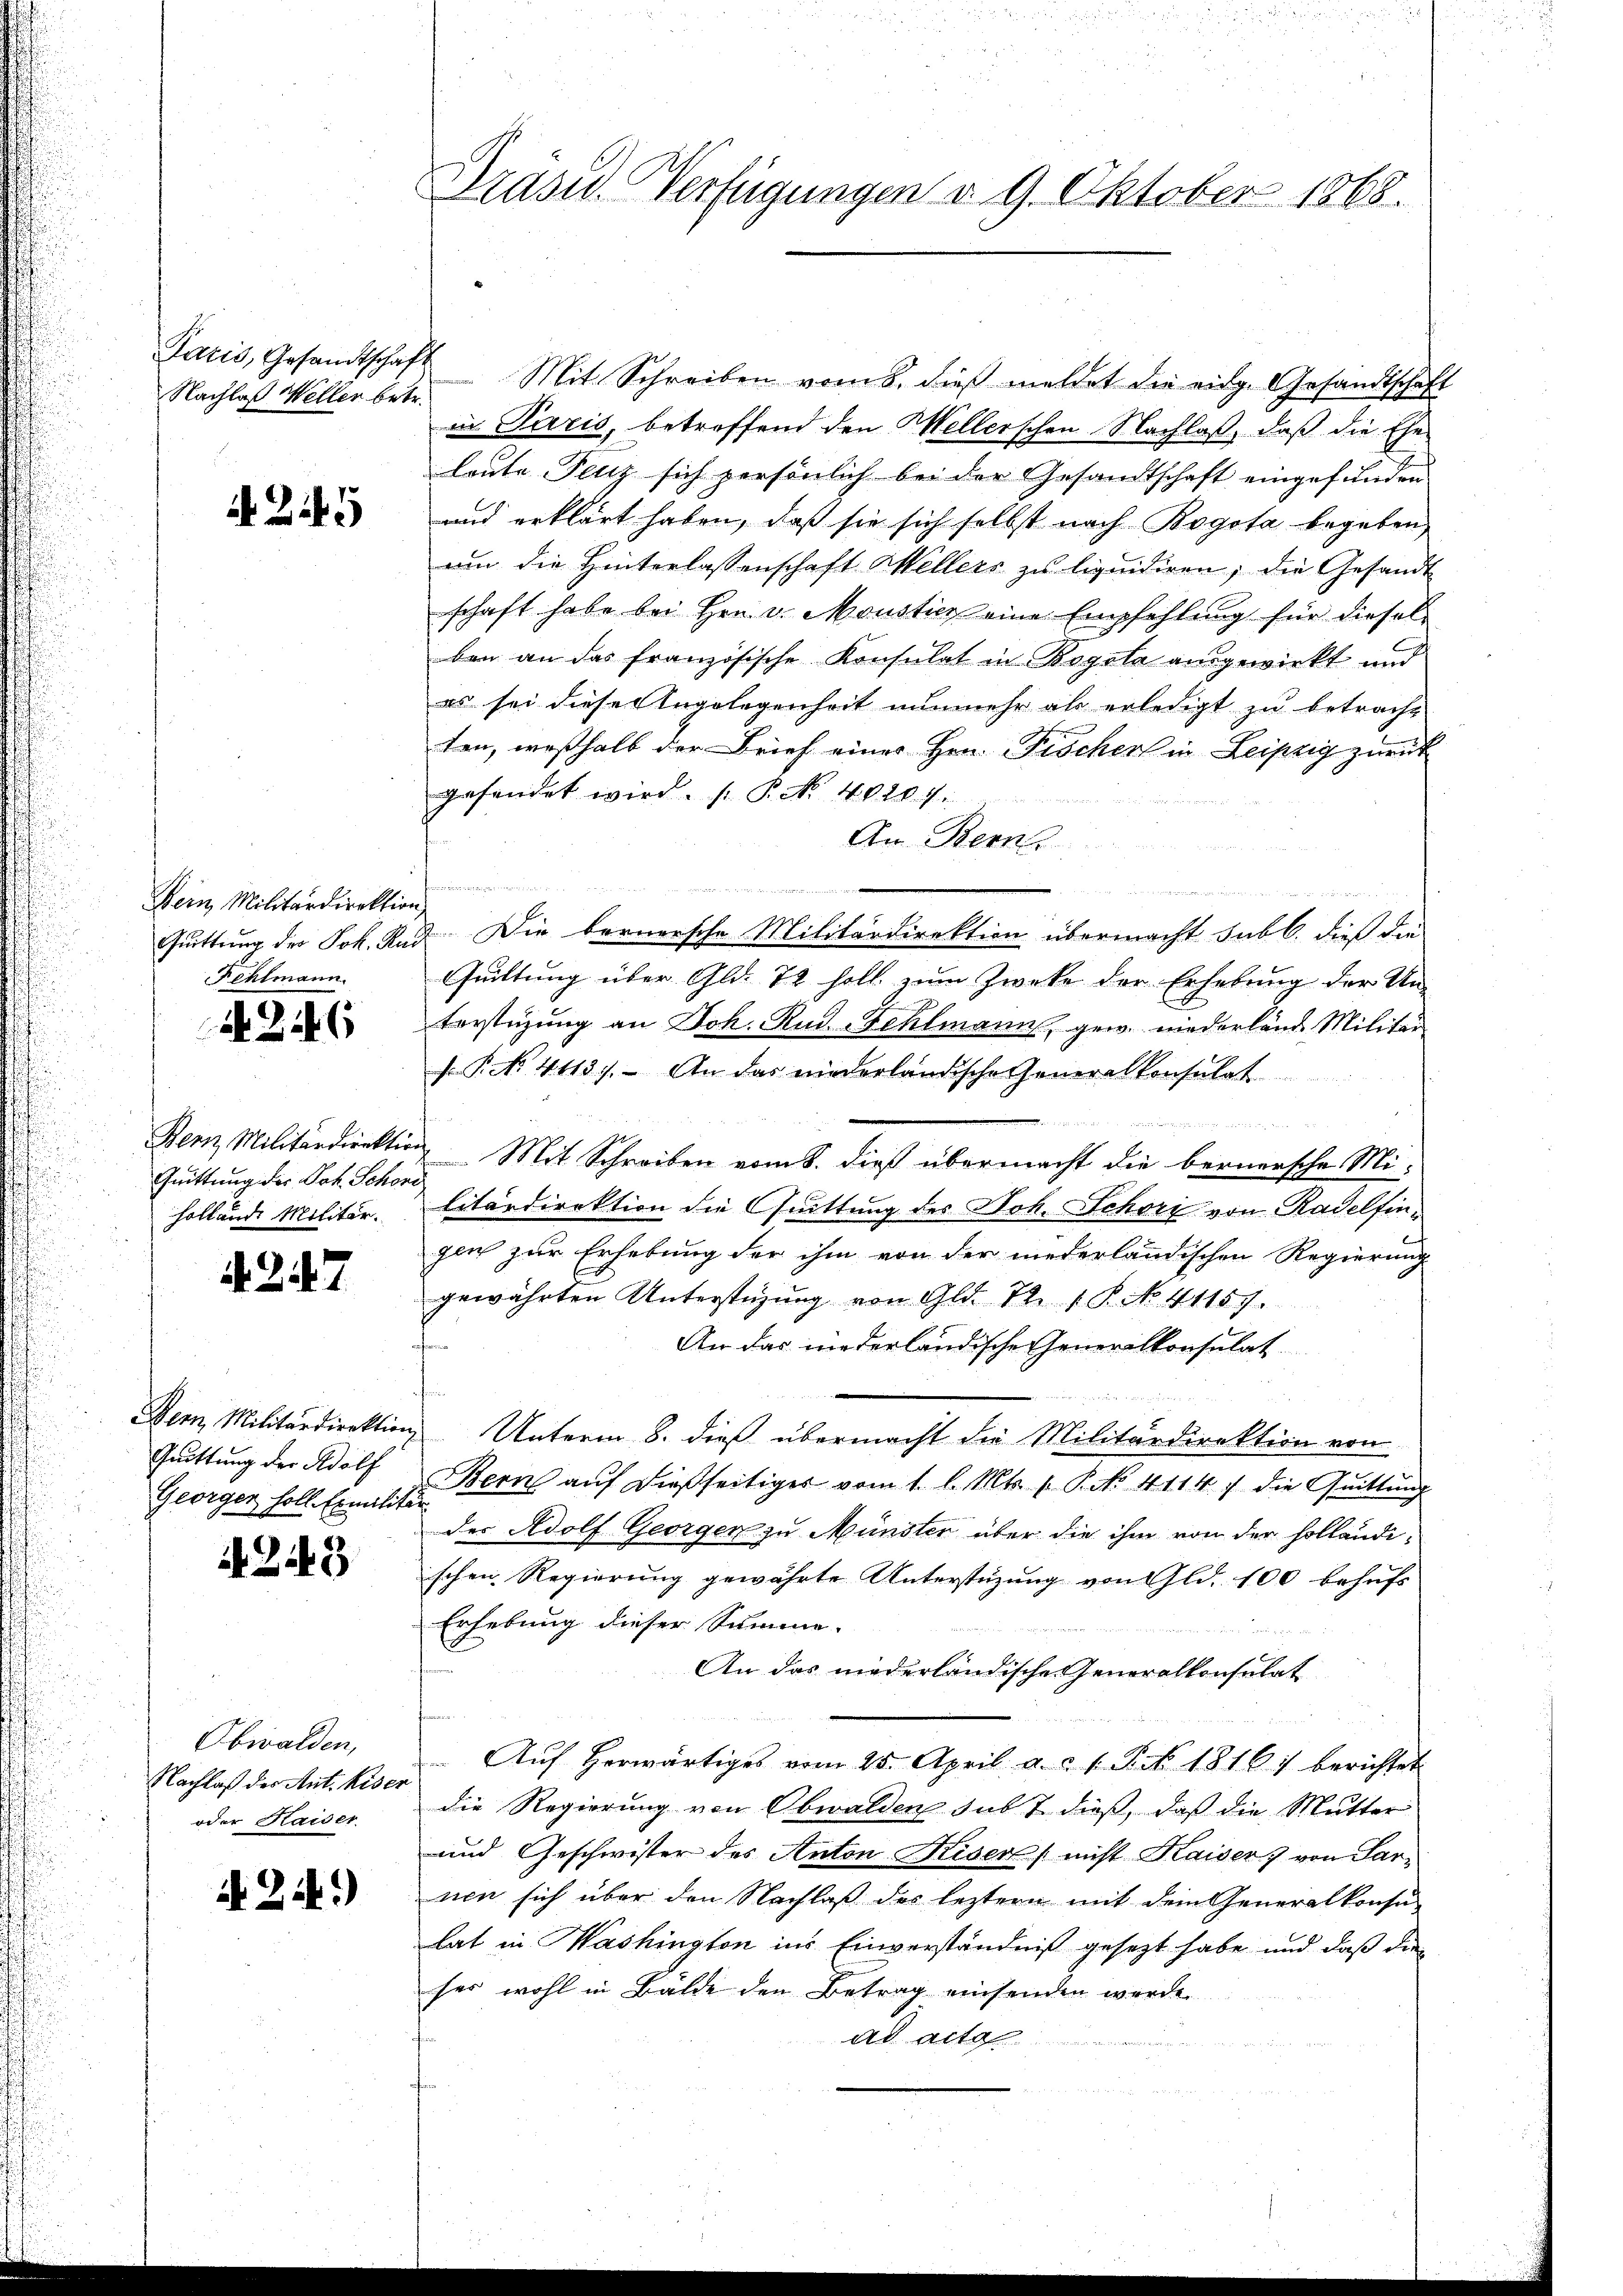
Nachlaß Weller betr.

Kein Militärdirektion
Fehlmann.

A 24

Bern Militärdirektion
Quittung des Joh. Schörihollende Militär.

A. 247

Bern, Militärdirektion
Gruttung der Adolf
Georgen soll Exmilit

4249

Obwalden,
Nachlaß des Ant. Kiser
oder Kaiser.

No. 2149)

Präsid. Verfügungen d. 9. Oktober 1868.

Paris, Gesandtschaft Mit Schreiben vom 8. dieβ meldet die eidg. Gesandtschaft
in Paris, betreffend den Wellerschen Nachlaß, daß die Ehe
laute Fenz sich persönlich bei der Gesandtschaft eingefunden
und erklärt haben, daß sie sich selbst nach Bogota begeben,
um die Hinterlassenschaft Wellers zu liquidiren; die Gesandt
schaft habe bei Hrn. v. Moustien eine Empfehlung für diesel
ben an das französische Konsulat in Bogole ausgewirkt und
es sei dieser Angelegenheit nunmehr als erledigt zu betracht
ten, weßhalb der Brief einer Hrn. Fischer in Leipzig zurück
gehendet wird. (: P. Nr. 40209.
An Bern.
un
e

är
Quittung der Jok. Rad Die bernersche Militärdirektion übermacht sub b. dieß die
Quittung über Gld. 72 foll zum Zwecke der Erhebung der Unterstüzung an Joh. Rud. Fehlmann, gew. niederlände Militär
F. P. No. 4113). An das niederländische Generalkonsulat
Mit Schreiben vom 8. dieß übermacht die bernersche Militärdirektion die Quittung des Joh. Schore von Radelfin
gen zur Erhebung der ihm von der niederländischen Regierung
gewährten Unterstüzung von Gld. 72. 1 P. No. 41157.
¬
An das niederländische Generalkonsulat
Unterm 8. dieß übermacht die Militärdirektion von
Bern auf dießseitiger vom 1. l. Mts. f. P. No. 4114 f die Quittung
der Adolf Georgen zu Münster über die ihm von der holländischen Regierung gewährte Unterstüzung von Gld. 100 behufs
Erhebung dieser Summe.
An das niederländische Generalkonsulat
Aŭf herwärtiges vom 25. April a. c. 1 Pkt. 1816) berichtet
die Regierung von Obwalden sub 7 dieß, daß die Mutter
und Geschwister des Anton Kiser nicht Kaiser 7 von Parnen sich über den Nachlaß des leztern mit dem Generalkonsu
lat in Washington ins Einverständniß gesetzt habe und daß die
ser wohl in Bälde den Betrag einsenden werde.
ad acto